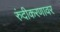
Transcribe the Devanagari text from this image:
रुंदीकरणावर